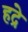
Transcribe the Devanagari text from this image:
हद्रे